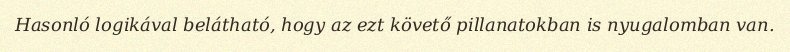
Hasonló logikával belátható, hogy az ezt követő pillanatokban is nyugalomban van.